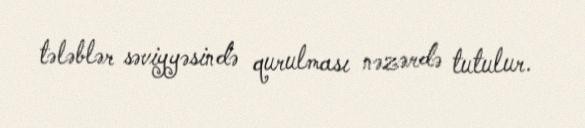
tələblər səviyyəsində qurulması nəzərdə tutulur.